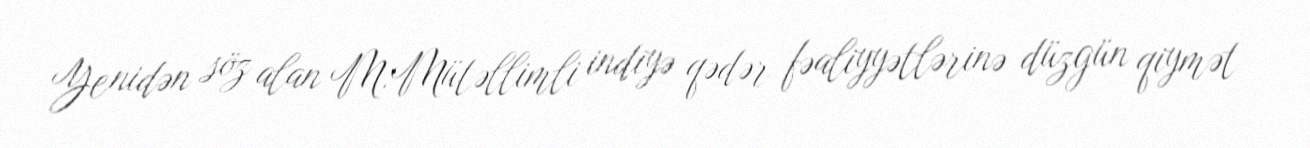
Yenidən söz alan M.Mütəllimli indiyə qədər fəaliyyətlərinə düzgün qiymət